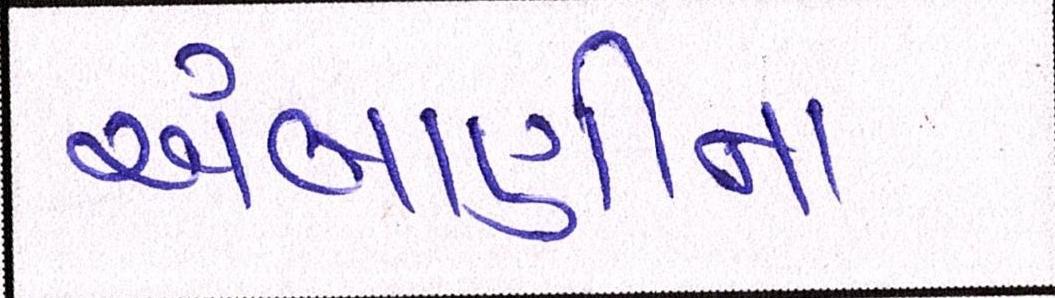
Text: અંબાણીના